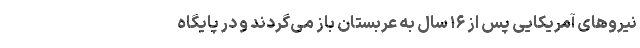
نیروهای آمریکایی پس از ۱۶ سال به عربستان باز می‌گردند و در پایگاه